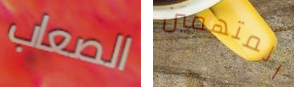
الصعاب المتهمين